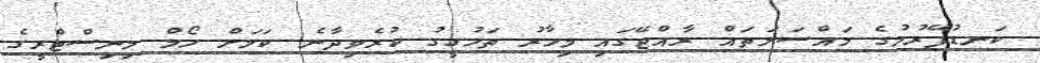
ކަނޑުފޭރުމުގެ މައްސަލަތައް ރާއްޖޭގައި މިހާރު ތަހުގީގު ކުރެވިދާނެ ކަމަށް ހޯމް މިނިސްޓްރީގެ